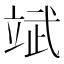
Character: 𮵨